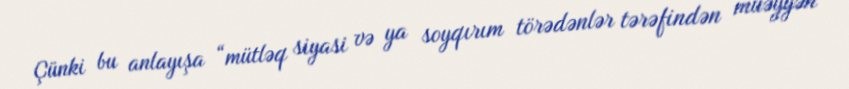
Çünki bu anlayışa “mütləq siyasi və ya soyqırım törədənlər tərəfindən müəyyən